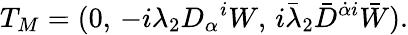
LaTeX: T_{M}=(0,\, -i\lambda_{2}D_{\alpha}{}^{i}W,\, i\bar{\lambda}_{2}\bar{D}^{\dot{\alpha}i}\bar{W}).